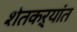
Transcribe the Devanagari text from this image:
शेतकऱ्यांत